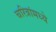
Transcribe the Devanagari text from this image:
चरित्रांमध्ये